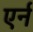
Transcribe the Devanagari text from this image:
एर्न